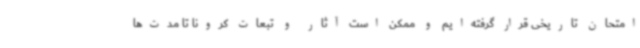
امتحان تاریخی قرار گرفته‌ایم و ممکن است آثار و تبعات کرونا تا مدت‌ها